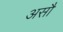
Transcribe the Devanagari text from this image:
असौ